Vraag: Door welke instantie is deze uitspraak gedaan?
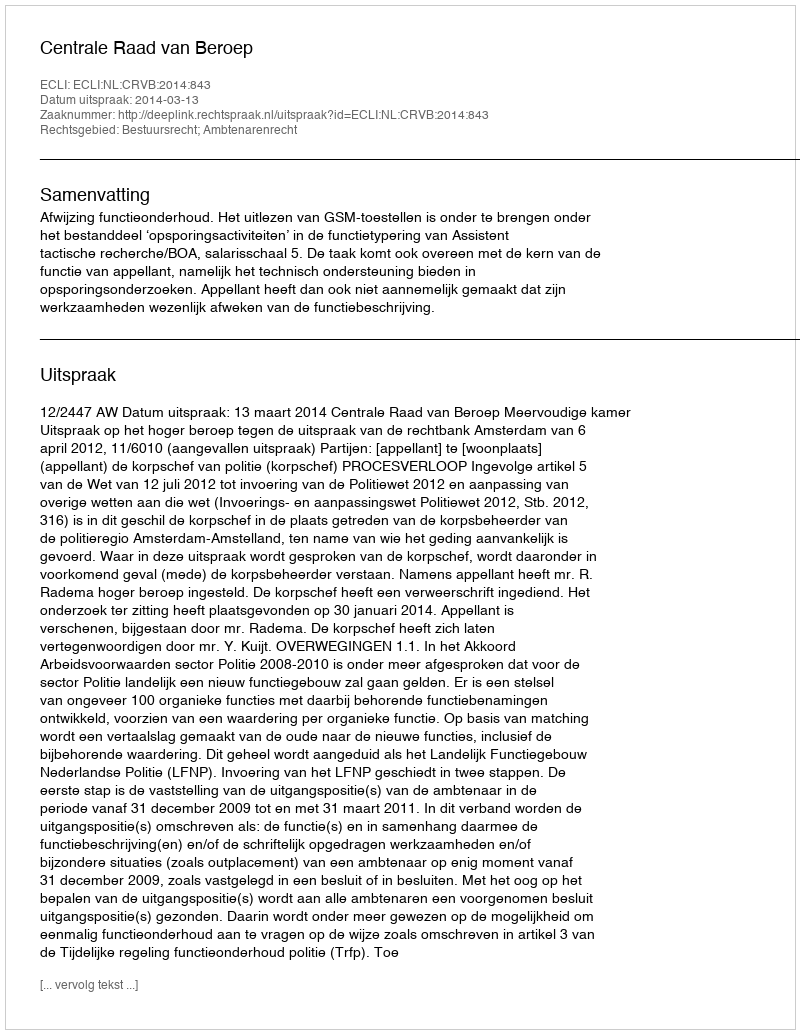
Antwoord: Centrale Raad van Beroep